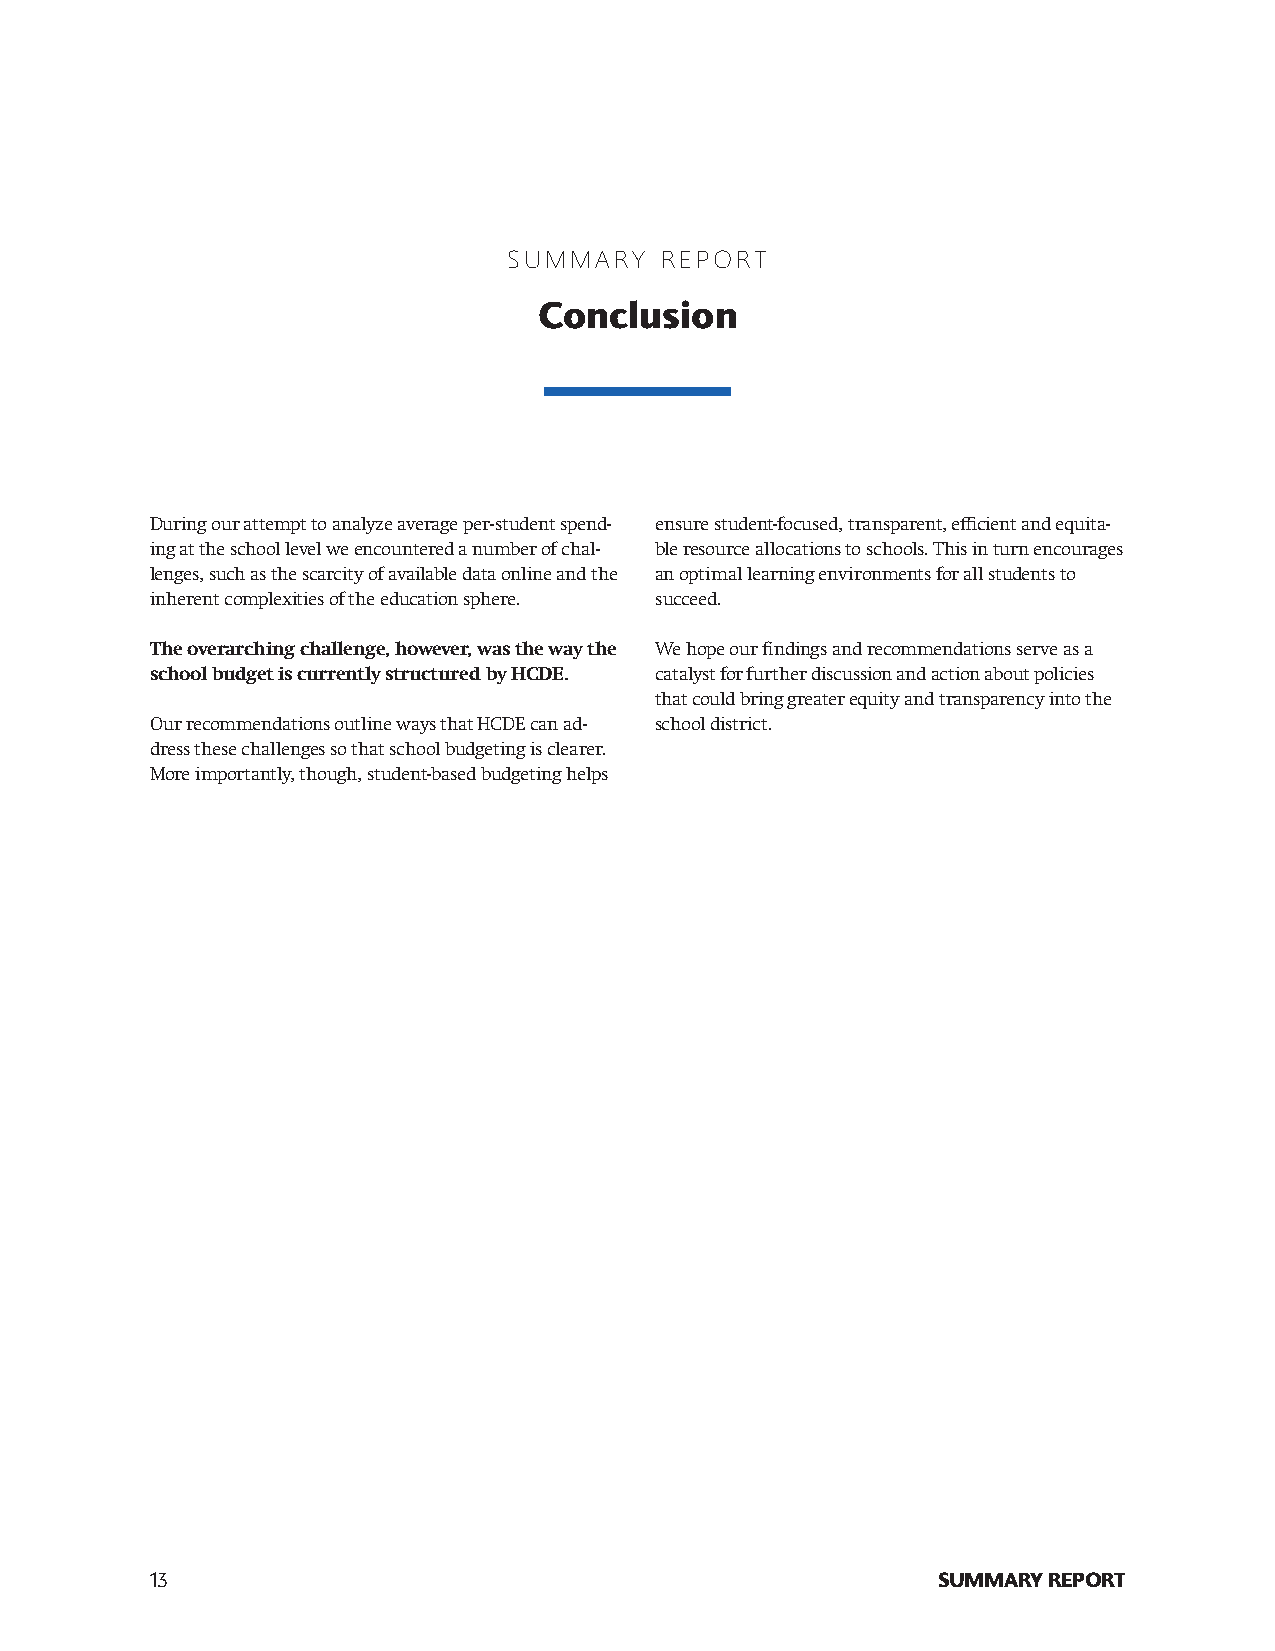
SUMMARY   REPORT
 Conclusion
 During our attempt to analyze average per-student spend- ensure student-focused, transparent, efficient and equita-
 ing at the school level we encountered a number of chal- ble resource allocations to schools. This in turn encourages
 lenges, such as the scarcity of available data online and the an optimal learning environments for all students to
 inherent complexities of the education sphere. succeed.
 The overarching challenge, however, was the way the We hope our findings and recommendations serve as a
 school budget is currently structured by HCDE. catalyst for further discussion and action about policies
 that could bring greater equity and transparency into the
 Our recommendations outline ways that HCDE can ad- school district.
 dress these challenges so that school budgeting is clearer.
 More importantly, though, student-based budgeting helps
 13                                                  SUMMARY REPORT